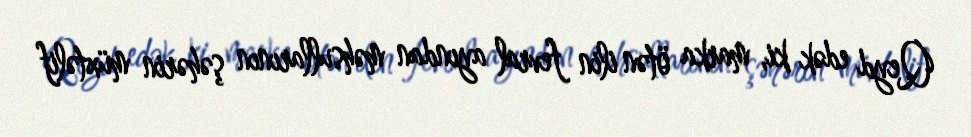
Qeyd edək ki, marka ötən ilin fevral ayından məhsullarının şəhərin müxtəlif